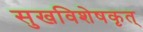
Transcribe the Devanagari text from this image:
सुखविशेषकृत्